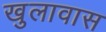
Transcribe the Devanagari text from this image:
खुलावास